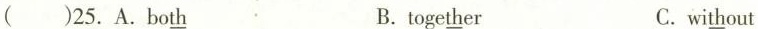
( )25.A.Bo\underline{th} B.toge\underline{th} er C. wi\underline{th} out